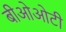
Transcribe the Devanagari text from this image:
बीओओटी